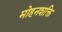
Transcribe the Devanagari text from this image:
मोहनशक्ति